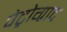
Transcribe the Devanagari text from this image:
पेट्रोग्राद